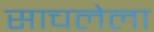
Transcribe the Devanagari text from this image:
साचलेला